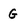
Character: G